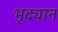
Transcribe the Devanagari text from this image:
भृद्यान